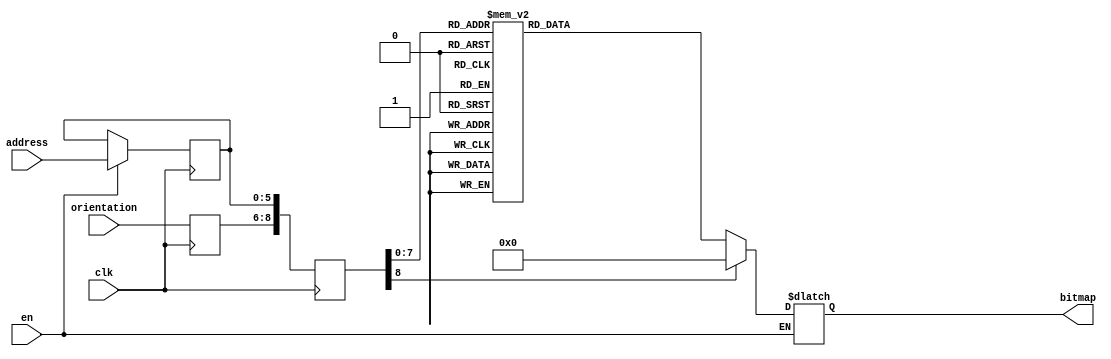
module newshape2_59 (clk, en, orientation, address, bitmap); 
    input  clk;
    input   en;
    input wire [2:0] orientation;
    input wire[5:0] address;
    output reg [50:0] bitmap;
    reg   [8:0] raddr;
    reg [5:0] address_reg;
    reg[2:0] orient_reg;
 always @(posedge clk)
 begin

    if (en)
     address_reg <= address;
     orient_reg <= orientation;
     raddr <= {orient_reg,address_reg};
 end

 always @(raddr) 
 begin
    if (en)
       case(raddr)
    9'b000000000 : bitmap <= 51'b000000000000000000000000010000000000000000000000000;
    9'b000000001 : bitmap <= 51'b000000000000000000000001111100000000000000000000000;
    9'b000000010 : bitmap <= 51'b000000000000000000000111111111000000000000000000000;
    9'b000000011 : bitmap <= 51'b000000000000000000001111111111100000000000000000000;
    9'b000000100 : bitmap <= 51'b000000000000000000011111111111110000000000000000000;
    9'b000000101 : bitmap <= 51'b000000000000000000001111111111111110000000000000000;
    9'b000000110 : bitmap <= 51'b000000000000000000001111111111111111100000000000000;
    9'b000000111 : bitmap <= 51'b000000000000000000000111111111111111110000000000000;
    9'b000001000 : bitmap <= 51'b000000000000000000000111111111111111111100000000000;
    9'b000001001 : bitmap <= 51'b000000000000000000000011111111111111111111000000000;
    9'b000001010 : bitmap <= 51'b000000000000000000000011111111111111111111100000000;
    9'b000001011 : bitmap <= 51'b000000100000000000000001111111111111111111111000000;
    9'b000001100 : bitmap <= 51'b000011110000000000000001111111111111111111111110000;
    9'b000001101 : bitmap <= 51'b000111110000000000000000111111111111111111111111000;
    9'b000001110 : bitmap <= 51'b011111111000000000000000011111111111111111111111110;
    9'b000001111 : bitmap <= 51'b111111111000000000000000011111111111111111111111111;
    9'b000010000 : bitmap <= 51'b111111111100000000000000001111111111111111111111111;
    9'b000010001 : bitmap <= 51'b111111111100000000000000001111111111111111111111111;
    9'b000010010 : bitmap <= 51'b111111111110000000000000000111111111111111111111111;
    9'b000010011 : bitmap <= 51'b111111111111000000000000000111111111111111111111111;
    9'b000010100 : bitmap <= 51'b111111111111000000000000000011111111111111111111111;
    9'b000010101 : bitmap <= 51'b111111111111100000000000000011111111111111111111111;
    9'b000010110 : bitmap <= 51'b111111111111100000000000000001111111111111111111111;
    9'b000010111 : bitmap <= 51'b000000000000000000000000000000111111111111111111111;
    9'b000011000 : bitmap <= 51'b000000000000000000000000000000111111111111111111111;
    9'b000011001 : bitmap <= 51'b000000000000000000000000000000011111111111111111111;
    9'b000011010 : bitmap <= 51'b000000000000000000000000000000011111111111111111111;
    9'b000011011 : bitmap <= 51'b000000000000000000000000000000001111111111111111111;
    9'b000011100 : bitmap <= 51'b000000000000000000000000000000001111111111111111111;
    9'b000011101 : bitmap <= 51'b000000000000000000000000000000001111111111111111111;
    9'b000011110 : bitmap <= 51'b000000000000000000000000000000001111111111111111111;
    9'b000011111 : bitmap <= 51'b000000000000000000000000000000001111111111111111111;
    9'b000100000 : bitmap <= 51'b000000000000000000000000000000001111111111111111111;
    9'b000100001 : bitmap <= 51'b000000000000000000000000000000011111111111111111111;
    9'b000100010 : bitmap <= 51'b000000000000000000000000000000011111111111111111111;
    9'b000100011 : bitmap <= 51'b000000000000000000000000000000111111111111111111111;
    9'b000100100 : bitmap <= 51'b000000000000000000000000000000111111111111111111111;
    9'b000100101 : bitmap <= 51'b111111111111110000000000000001111111111111111111111;
    9'b000100110 : bitmap <= 51'b111111111111100000000000000001111111111111111111111;
    9'b000100111 : bitmap <= 51'b111111111111100000000000000011111111111111111111111;
    9'b000101000 : bitmap <= 51'b111111111111000000000000000011111111111111111111111;
    9'b000101001 : bitmap <= 51'b111111111110000000000000000111111111111111111111111;
    9'b000101010 : bitmap <= 51'b111111111110000000000000001111111111111111111111111;
    9'b000101011 : bitmap <= 51'b111111111100000000000000001111111111111111111111111;
    9'b000101100 : bitmap <= 51'b111111111100000000000000011111111111111111111111111;
    9'b000101101 : bitmap <= 51'b011111111000000000000000011111111111111111111111110;
    9'b000101110 : bitmap <= 51'b000111111000000000000000111111111111111111111111000;
    9'b000101111 : bitmap <= 51'b000011110000000000000000111111111111111111111110000;
    9'b000110000 : bitmap <= 51'b000000110000000000000001111111111111111111111000000;
    9'b000110001 : bitmap <= 51'b000000000000000000000011111111111111111111100000000;
    9'b000110010 : bitmap <= 51'b000000000000000000000011111111111111111111000000000;
    9'b000110011 : bitmap <= 51'b000000000000000000000111111111111111111100000000000;
    9'b000110100 : bitmap <= 51'b000000000000000000000111111111111111110000000000000;
    9'b000110101 : bitmap <= 51'b000000000000000000001111111111111111100000000000000;
    9'b000110110 : bitmap <= 51'b000000000000000000001111111111111110000000000000000;
    9'b000110111 : bitmap <= 51'b000000000000000000011111111111110000000000000000000;
    9'b000111000 : bitmap <= 51'b000000000000000000001111111111100000000000000000000;
    9'b000111001 : bitmap <= 51'b000000000000000000000111111111000000000000000000000;
    9'b000111010 : bitmap <= 51'b000000000000000000000001111100000000000000000000000;
    9'b000111011 : bitmap <= 51'b000000000000000000000000010000000000000000000000000;




    
    
    9'b001000000 : bitmap <= 51'b000000000000000000000000010000000000000000000000000;
    9'b001000001 : bitmap <= 51'b000000000000000000000001111100000000000000000000000;
    9'b001000010 : bitmap <= 51'b000000000000000000000111111111000000000000000000000;
    9'b001000011 : bitmap <= 51'b000000000000000000001111111111100000000000000000000;
    9'b001000100 : bitmap <= 51'b000000000000000000011111111111110000000000000000000;
    9'b001000101 : bitmap <= 51'b000000000000000000001111111111100000000000000000000;
    9'b001000110 : bitmap <= 51'b000000000000000000001111111111100000000000000000000;
    9'b001000111 : bitmap <= 51'b000000000000000000000111111111000000000000000000000;
    9'b001001000 : bitmap <= 51'b000000000000000000000111111111000000000000000000000;
    9'b001001001 : bitmap <= 51'b000000000000000000000011111110000000000000000000000;
    9'b001001010 : bitmap <= 51'b000000000000000000000011111110000000000000000000000;
    9'b001001011 : bitmap <= 51'b000000100000000000000001111100000000000000001000000;
    9'b001001100 : bitmap <= 51'b000011110000000000000001111100000000000000011110000;
    9'b001001101 : bitmap <= 51'b000111110000000000000000111000000000000000011111000;
    9'b001001110 : bitmap <= 51'b011111111000000000000000010000000000000000111111110;
    9'b001001111 : bitmap <= 51'b111111111000000000000000010000000000000000111111111;
    9'b001010000 : bitmap <= 51'b111111111100000000000000000000000000000001111111111;
    9'b001010001 : bitmap <= 51'b111111111100000000000000000000000000000001111111111;
    9'b001010010 : bitmap <= 51'b111111111110000000000000000000000000000011111111111;
    9'b001010011 : bitmap <= 51'b111111111110000000000000000000000000000011111111111;
    9'b001010100 : bitmap <= 51'b111111111111000000000000000000000000000111111111111;
    9'b001010101 : bitmap <= 51'b111111111111100000000000000000000000001111111111111;
    9'b001010110 : bitmap <= 51'b111111111111100000000000000000000000001111111111111;
    9'b001010111 : bitmap <= 51'b000000000000000000000000000000000000011111111111111;
    9'b001011000 : bitmap <= 51'b000000000000000000000000000000000000011111111111111;
    9'b001011001 : bitmap <= 51'b000000000000000000000000000000000000111111111111111;
    9'b001011010 : bitmap <= 51'b000000000000000000000000000000000000111111111111111;
    9'b001011011 : bitmap <= 51'b000000000000000000000000000000000001111111111111111;
    9'b001011100 : bitmap <= 51'b000000000000000000000000000000000001111111111111111;
    9'b001011101 : bitmap <= 51'b000000000000000000000000000000000011111111111111111;
    9'b001011110 : bitmap <= 51'b000000000000000000000000000000000011111111111111111;
    9'b001011111 : bitmap <= 51'b000000000000000000000000000000000111111111111111111;
    9'b001100000 : bitmap <= 51'b000000000000000000000000000000001111111111111111111;
    9'b001100001 : bitmap <= 51'b000000000000000000000000000000011111111111111111111;
    9'b001100010 : bitmap <= 51'b000000000000000000000000000000111111111111111111111;
    9'b001100011 : bitmap <= 51'b000000000000000000000000000011111111111111111111111;
    9'b001100100 : bitmap <= 51'b000000000000000000000000001111111111111111111111111;
    9'b001100101 : bitmap <= 51'b111111111111111111111111111111111111111111111111111;
    9'b001100110 : bitmap <= 51'b111111111111111111111111111111111111111111111111111;
    9'b001100111 : bitmap <= 51'b111111111111111111111111111111111111111111111111111;
    9'b001101000 : bitmap <= 51'b111111111111111111111111111111111111111111111111111;
    9'b001101001 : bitmap <= 51'b111111111111111111111111111111111111111111111111111;
    9'b001101010 : bitmap <= 51'b111111111111111111111111111111111111111111111111111;
    9'b001101011 : bitmap <= 51'b111111111111111111111111111111111111111111111111111;
    9'b001101100 : bitmap <= 51'b111111111111111111111111111111111111111111111111111;
    9'b001101101 : bitmap <= 51'b011111111111111111111111111111111111111111111111110;
    9'b001101110 : bitmap <= 51'b000111111111111111111111111111111111111111111111000;
    9'b001101111 : bitmap <= 51'b000011111111111111111111111111111111111111111110000;
    9'b001110000 : bitmap <= 51'b000000111111111111111111111111111111111111111000000;
    9'b001110001 : bitmap <= 51'b000000001111111111111111111111111111111111100000000;
    9'b001110010 : bitmap <= 51'b000000000111111111111111111111111111111111000000000;
    9'b001110011 : bitmap <= 51'b000000000001111111111111111111111111111100000000000;
    9'b001110100 : bitmap <= 51'b000000000000011111111111111111111111110000000000000;
    9'b001110101 : bitmap <= 51'b000000000000001111111111111111111111100000000000000;
    9'b001110110 : bitmap <= 51'b000000000000000011111111111111111110000000000000000;
    9'b001110111 : bitmap <= 51'b000000000000000000111111111111111000000000000000000;
    9'b001111000 : bitmap <= 51'b000000000000000000001111111111100000000000000000000;
    9'b001111001 : bitmap <= 51'b000000000000000000000111111111000000000000000000000;
    9'b001111010 : bitmap <= 51'b000000000000000000000001111100000000000000000000000;
    9'b001111011 : bitmap <= 51'b000000000000000000000000010000000000000000000000000;




    
    9'b010000000 : bitmap <= 51'b000000000000000000000000010000000000000000000000000;
    9'b010000001 : bitmap <= 51'b000000000000000000000001111100000000000000000000000;
    9'b010000010 : bitmap <= 51'b000000000000000000000111111111000000000000000000000;
    9'b010000011 : bitmap <= 51'b000000000000000000001111111111100000000000000000000;
    9'b010000100 : bitmap <= 51'b000000000000000000011111111111110000000000000000000;
    9'b010000101 : bitmap <= 51'b000000000000000000001111111111100000000000000000000;
    9'b010000110 : bitmap <= 51'b000000000000000000001111111111100000000000000000000;
    9'b010000111 : bitmap <= 51'b000000000000000000000111111111000000000000000000000;
    9'b010001000 : bitmap <= 51'b000000000000000000000111111111000000000000000000000;
    9'b010001001 : bitmap <= 51'b000000000000000000000011111110000000000000000000000;
    9'b010001010 : bitmap <= 51'b000000000000000000000011111110000000000000000000000;
    9'b010001011 : bitmap <= 51'b000000100000000000000001111100000000000000001000000;
    9'b010001100 : bitmap <= 51'b000011110000000000000001111100000000000000011110000;
    9'b010001101 : bitmap <= 51'b000111110000000000000000111000000000000000011111000;
    9'b010001110 : bitmap <= 51'b011111111000000000000000010000000000000000111111110;
    9'b010001111 : bitmap <= 51'b111111111000000000000000010000000000000000111111111;
    9'b010010000 : bitmap <= 51'b111111111100000000000000000000000000000001111111111;
    9'b010010001 : bitmap <= 51'b111111111100000000000000000000000000000001111111111;
    9'b010010010 : bitmap <= 51'b111111111110000000000000000000000000000011111111111;
    9'b010010011 : bitmap <= 51'b111111111110000000000000000000000000000011111111111;
    9'b010010100 : bitmap <= 51'b111111111111000000000000000000000000000111111111111;
    9'b010010101 : bitmap <= 51'b111111111111100000000000000000000000001111111111111;
    9'b010010110 : bitmap <= 51'b111111111111100000000000000000000000001111111111111;
    9'b010010111 : bitmap <= 51'b111111111111110000000000000000000000000000000000000;
    9'b010011000 : bitmap <= 51'b111111111111110000000000000000000000000000000000000;
    9'b010011001 : bitmap <= 51'b111111111111111000000000000000000000000000000000000;
    9'b010011010 : bitmap <= 51'b111111111111111000000000000000000000000000000000000;
    9'b010011011 : bitmap <= 51'b111111111111111100000000000000000000000000000000000;
    9'b010011100 : bitmap <= 51'b111111111111111100000000000000000000000000000000000;
    9'b010011101 : bitmap <= 51'b111111111111111110000000000000000000000000000000000;
    9'b010011110 : bitmap <= 51'b111111111111111110000000000000000000000000000000000;
    9'b010011111 : bitmap <= 51'b111111111111111111000000000000000000000000000000000;
    9'b010100000 : bitmap <= 51'b111111111111111111100000000000000000000000000000000;
    9'b010100001 : bitmap <= 51'b111111111111111111110000000000000000000000000000000;
    9'b010100010 : bitmap <= 51'b111111111111111111111000000000000000000000000000000;
    9'b010100011 : bitmap <= 51'b111111111111111111111110000000000000000000000000000;
    9'b010100100 : bitmap <= 51'b111111111111111111111111100000000000000000000000000;
    9'b010100101 : bitmap <= 51'b111111111111111111111111111111111111111111111111111;
    9'b010100110 : bitmap <= 51'b111111111111111111111111111111111111111111111111111;
    9'b010100111 : bitmap <= 51'b111111111111111111111111111111111111111111111111111;
    9'b010101000 : bitmap <= 51'b111111111111111111111111111111111111111111111111111;
    9'b010101001 : bitmap <= 51'b111111111111111111111111111111111111111111111111111;
    9'b010101010 : bitmap <= 51'b111111111111111111111111111111111111111111111111111;
    9'b010101011 : bitmap <= 51'b111111111111111111111111111111111111111111111111111;
    9'b010101100 : bitmap <= 51'b111111111111111111111111111111111111111111111111111;
    9'b010101101 : bitmap <= 51'b011111111111111111111111111111111111111111111111110;
    9'b010101110 : bitmap <= 51'b000111111111111111111111111111111111111111111111000;
    9'b010101111 : bitmap <= 51'b000011111111111111111111111111111111111111111110000;
    9'b010110000 : bitmap <= 51'b000000111111111111111111111111111111111111111000000;
    9'b010110001 : bitmap <= 51'b000000001111111111111111111111111111111111100000000;
    9'b010110010 : bitmap <= 51'b000000000111111111111111111111111111111111000000000;
    9'b010110011 : bitmap <= 51'b000000000001111111111111111111111111111100000000000;
    9'b010110100 : bitmap <= 51'b000000000000011111111111111111111111110000000000000;
    9'b010110101 : bitmap <= 51'b000000000000001111111111111111111111100000000000000;
    9'b010110110 : bitmap <= 51'b000000000000000011111111111111111110000000000000000;
    9'b010110111 : bitmap <= 51'b000000000000000000111111111111111000000000000000000;
    9'b010111000 : bitmap <= 51'b000000000000000000001111111111100000000000000000000;
    9'b010111001 : bitmap <= 51'b000000000000000000000111111111000000000000000000000;
    9'b010111010 : bitmap <= 51'b000000000000000000000001111100000000000000000000000;
    9'b010111011 : bitmap <= 51'b000000000000000000000000010000000000000000000000000;



    9'b011000000 : bitmap <= 51'b000000000000000000000000010000000000000000000000000;
    9'b011000001 : bitmap <= 51'b000000000000000000000001111100000000000000000000000;
    9'b011000010 : bitmap <= 51'b000000000000000000000111111111000000000000000000000;
    9'b011000011 : bitmap <= 51'b000000000000000000001111111111100000000000000000000;
    9'b011000100 : bitmap <= 51'b000000000000000000011111111111110000000000000000000;
    9'b011000101 : bitmap <= 51'b000000000000000011111111111111100000000000000000000;
    9'b011000110 : bitmap <= 51'b000000000000001111111111111111100000000000000000000;
    9'b011000111 : bitmap <= 51'b000000000000011111111111111111000000000000000000000;
    9'b011001000 : bitmap <= 51'b000000000001111111111111111111000000000000000000000;
    9'b011001001 : bitmap <= 51'b000000000111111111111111111110000000000000000000000;
    9'b011001010 : bitmap <= 51'b000000001111111111111111111110000000000000000000000;
    9'b011001011 : bitmap <= 51'b000000111111111111111111111100000000000000011000000;
    9'b011001100 : bitmap <= 51'b000011111111111111111111111000000000000000011110000;
    9'b011001101 : bitmap <= 51'b000111111111111111111111111000000000000000111111000;
    9'b011001110 : bitmap <= 51'b011111111111111111111111110000000000000000111111110;
    9'b011001111 : bitmap <= 51'b111111111111111111111111110000000000000001111111111;
    9'b011010000 : bitmap <= 51'b111111111111111111111111100000000000000001111111111;
    9'b011010001 : bitmap <= 51'b111111111111111111111111100000000000000011111111111;
    9'b011010010 : bitmap <= 51'b111111111111111111111111000000000000000011111111111;
    9'b011010011 : bitmap <= 51'b111111111111111111111110000000000000000111111111111;
    9'b011010100 : bitmap <= 51'b111111111111111111111110000000000000001111111111111;
    9'b011010101 : bitmap <= 51'b111111111111111111111100000000000000001111111111111;
    9'b011010110 : bitmap <= 51'b111111111111111111111100000000000000011111111111111;
    9'b011010111 : bitmap <= 51'b111111111111111111111000000000000000000000000000000;
    9'b011011000 : bitmap <= 51'b111111111111111111111000000000000000000000000000000;
    9'b011011001 : bitmap <= 51'b111111111111111111110000000000000000000000000000000;
    9'b011011010 : bitmap <= 51'b111111111111111111110000000000000000000000000000000;
    9'b011011011 : bitmap <= 51'b111111111111111111100000000000000000000000000000000;
    9'b011011100 : bitmap <= 51'b111111111111111111100000000000000000000000000000000;
    9'b011011101 : bitmap <= 51'b111111111111111111100000000000000000000000000000000;
    9'b011011110 : bitmap <= 51'b111111111111111111100000000000000000000000000000000;
    9'b011011111 : bitmap <= 51'b111111111111111111100000000000000000000000000000000;
    9'b011100000 : bitmap <= 51'b111111111111111111100000000000000000000000000000000;
    9'b011100001 : bitmap <= 51'b111111111111111111110000000000000000000000000000000;
    9'b011100010 : bitmap <= 51'b111111111111111111110000000000000000000000000000000;
    9'b011100011 : bitmap <= 51'b111111111111111111111000000000000000000000000000000;
    9'b011100100 : bitmap <= 51'b111111111111111111111000000000000000000000000000000;
    9'b011100101 : bitmap <= 51'b111111111111111111111100000000000000001111111111111;
    9'b011100110 : bitmap <= 51'b111111111111111111111110000000000000001111111111111;
    9'b011100111 : bitmap <= 51'b111111111111111111111110000000000000000111111111111;
    9'b011101000 : bitmap <= 51'b111111111111111111111111000000000000000111111111111;
    9'b011101001 : bitmap <= 51'b111111111111111111111111000000000000000011111111111;
    9'b011101010 : bitmap <= 51'b111111111111111111111111100000000000000001111111111;
    9'b011101011 : bitmap <= 51'b111111111111111111111111100000000000000001111111111;
    9'b011101100 : bitmap <= 51'b111111111111111111111111110000000000000000111111111;
    9'b011101101 : bitmap <= 51'b011111111111111111111111110000000000000000111111110;
    9'b011101110 : bitmap <= 51'b000111111111111111111111111000000000000000011111000;
    9'b011101111 : bitmap <= 51'b000011111111111111111111111100000000000000011110000;
    9'b011110000 : bitmap <= 51'b000000111111111111111111111100000000000000001000000;
    9'b011110001 : bitmap <= 51'b000000001111111111111111111110000000000000000000000;
    9'b011110010 : bitmap <= 51'b000000000111111111111111111110000000000000000000000;
    9'b011110011 : bitmap <= 51'b000000000001111111111111111111000000000000000000000;
    9'b011110100 : bitmap <= 51'b000000000000011111111111111111000000000000000000000;
    9'b011110101 : bitmap <= 51'b000000000000001111111111111111100000000000000000000;
    9'b011110110 : bitmap <= 51'b000000000000000011111111111111100000000000000000000;
    9'b011110111 : bitmap <= 51'b000000000000000000011111111111110000000000000000000;
    9'b011111000 : bitmap <= 51'b000000000000000000001111111111100000000000000000000;
    9'b011111001 : bitmap <= 51'b000000000000000000000111111111000000000000000000000;
    9'b011111010 : bitmap <= 51'b000000000000000000000001111100000000000000000000000;
    9'b011111011 : bitmap <= 51'b000000000000000000000000010000000000000000000000000;
    






    default: bitmap <= 0;
       endcase
 end
        endmodule